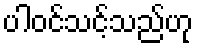
ပါဝင်သင့်သည်ဟု